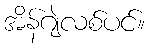
အိန်ဂျဲလစ်ပင်။